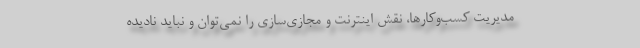
مدیریت کسب‌وکارها، نقش اینترنت و مجازی‌سازی را نمی‌توان و نباید نادیده